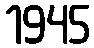
1945